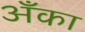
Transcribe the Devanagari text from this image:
अँका